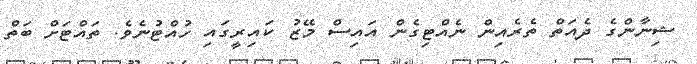
ޝިނާންގެ ދެއަތް ތެރެއިން ނެއްޓިގެން އައިސް މޭޒު ކައިރީގައި ހުއްޓުނެވެ. ތައްޓަށް ބަތް